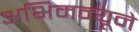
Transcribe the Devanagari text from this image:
अभिमन्यूने